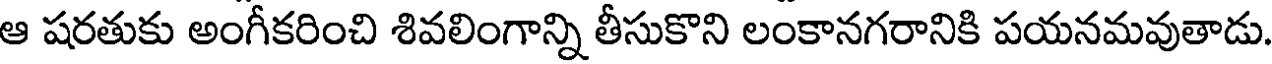
ఆ షరతుకు అంగీకరించి శివలింగాన్ని తీసుకొని లంకానగరానికి పయనమవుతాడు.